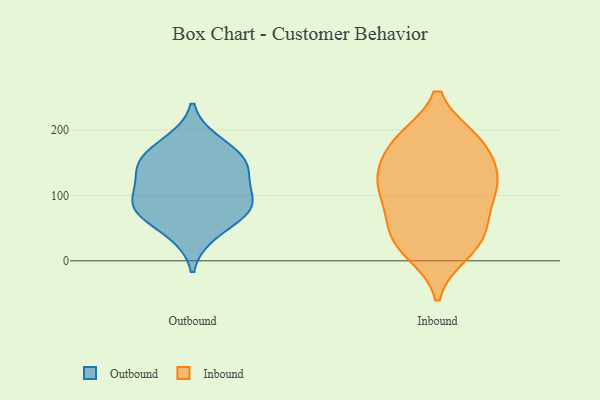
{"axis": {"x": "Market Share (%)", "y": "Value"}, "legend": ["Inbound", "Outbound"], "data": [{"x": "", "y": 90, "type": "Outbound"}, {"x": "", "y": 127, "type": "Outbound"}, {"x": "", "y": 156, "type": "Outbound"}, {"x": "", "y": 154, "type": "Outbound"}, {"x": "", "y": 181, "type": "Outbound"}, {"x": "", "y": 82, "type": "Outbound"}, {"x": "", "y": 83, "type": "Outbound"}, {"x": "", "y": 78, "type": "Outbound"}, {"x": "", "y": 137, "type": "Outbound"}, {"x": "", "y": 42, "type": "Outbound"}, {"x": "", "y": 93, "type": "Inbound"}, {"x": "", "y": 22, "type": "Inbound"}, {"x": "", "y": 40, "type": "Inbound"}, {"x": "", "y": 182, "type": "Inbound"}, {"x": "", "y": 182, "type": "Inbound"}, {"x": "", "y": 133, "type": "Inbound"}, {"x": "", "y": 71, "type": "Inbound"}, {"x": "", "y": 115, "type": "Inbound"}, {"x": "", "y": 13, "type": "Inbound"}, {"x": "", "y": 185, "type": "Inbound"}, {"x": "", "y": 30, "type": "Inbound"}, {"x": "", "y": 120, "type": "Inbound"}, {"x": "", "y": 182, "type": "Inbound"}, {"x": "", "y": 132, "type": "Inbound"}, {"x": "", "y": 125, "type": "Inbound"}, {"x": "", "y": 63, "type": "Inbound"}]}